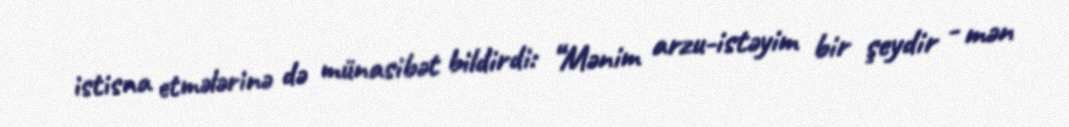
istisna etmələrinə də münasibət bildirdi: “Mənim arzu-istəyim bir şeydir - mən